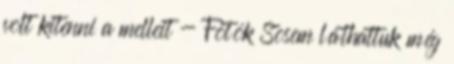
volt kitenni a melleit - Fotók Sosem láthattuk még